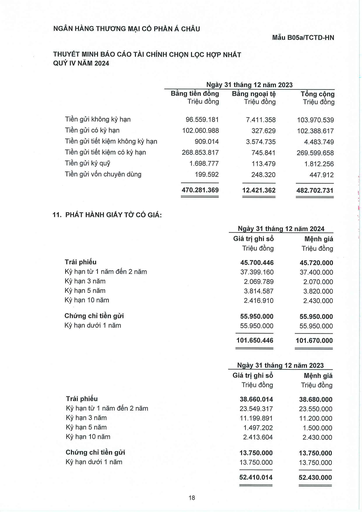
||Ngày|31 tháng 12 năm 2023|| |---|---|---|---| ||Bằng tiền đồng Triệu đồng|Bằng ngoại tệ Triệu đồng|Tổng cộng Triệu đồng| |Tiền gửi không kỳ hạn|96.559.181|7.411.358|103.970.539| |Tiền gửi có kỳ hạn|102.060.988|327.629|102.388.617| |Tiền gửi tiết kiệm không kỳ hạn|909.014|3.574.735|4.483.749| |Tiền gửi tiết kiệm có kỳ hạn|268.853.817|745.841|269.599.658| |Tiền gửi ký quỹ|1.698.777|113.479|1.812.256| |Tiền gửi vốn chuyên dùng|199.592|248.320|447.912| ||470.281.369|12.421.362|482.702.731| ||Ngày 31 tháng|12 năm 2024| |---|---|---| ||Giá trị ghi sổ Triệu đồng|Mệnh giá Triệu đồng| |Trái phiếu|45.700.446|45.720.000| |Kỳ hạn từ 1 năm đến 2 năm|37.399.160|37.400.000| |Kỳ hạn 3 năm|2.069.789|2.070.000| |Kỳ hạn 5 năm|3.814.587|3.820.000| |Kỳ hạn 10 năm|2.416.910|2.430.000| |Chứng chỉ tiền gửi|55.950.000|55.950.000| |Kỳ hạn dưới 1 năm|55.950.000|55.950.000| ||101.650.446|101.670.000| ||Ngày 31 tháng|12 năm 2023| |---|---|---| ||Giá trị ghi sổ Triệu đồng|Mệnh giá Triệu đồng| |Trái phiếu|38.660.014|38.680.000| |Kỳ hạn từ 1 năm đến 2 năm|23.549.317|23.550.000| |Kỳ hạn 3 năm|11.199.891|11.200.000| |Kỳ hạn 5 năm|1.497.202|1.500.000| |Kỳ hạn 10 năm|2.413.604|2.430.000| |Chứng chỉ tiền gửi|13.750.000|13.750.000| |Kỳ hạn dưới 1 năm|13.750.000|13.750.000| ||52.410.014|52.430.000|